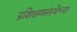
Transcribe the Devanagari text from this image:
प्रशिक्षणसंस्थेच्या